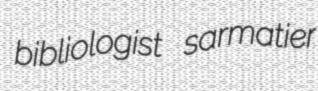
bibliologist sarmatier